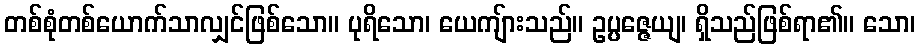
တစ်စုံတစ်ယောက်သာလျှင်ဖြစ်သော။ ပုရိသော၊ ယေကျ်ားသည်။ ဥပ္ပဇ္ဇေယျ၊ ရှိသည်ဖြစ်ရာ၏။ သော၊